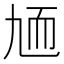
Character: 𦓏